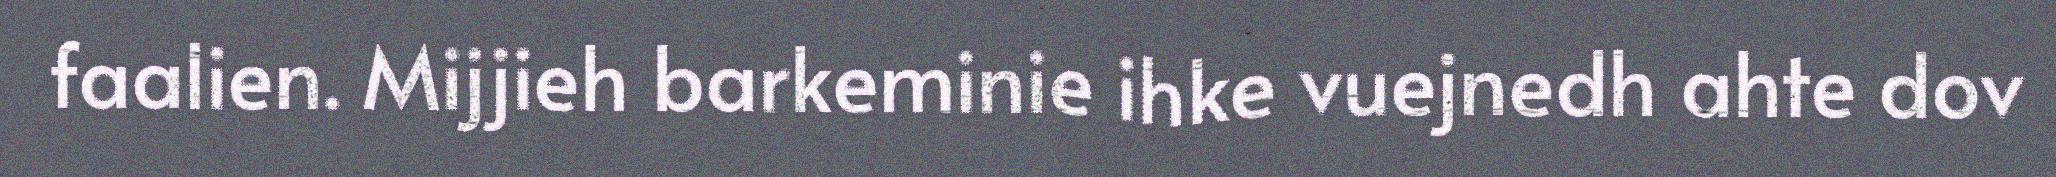
faalien. Mijjieh barkeminie ihke vuejnedh ahte dov